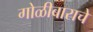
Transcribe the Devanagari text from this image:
गोळीबाराचे